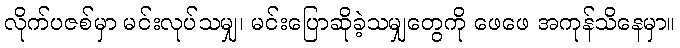
လိုက်ပဇစ်မှာ မင်းလုပ်သမျှ၊ မင်းပြောဆိုခဲ့သမျှတွေကို ဖေဖေ အကုန်သိနေမှာ။